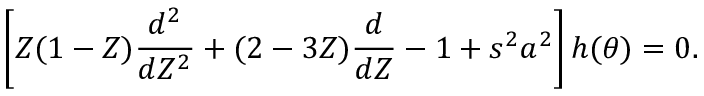
\left[ Z ( 1 - Z ) \frac { d ^ { 2 } } { d Z ^ { 2 } } + ( 2 - 3 Z ) \frac { d } { d Z } - 1 + s ^ { 2 } a ^ { 2 } \right] h ( \theta ) = 0 .